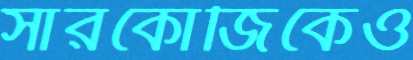
সারকোজিকেও